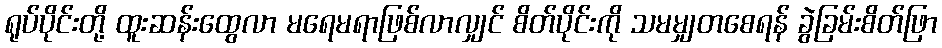
ရုပ်ပိုင်းတို့ ထူးဆန်းထွေလာ မရေမရာဖြစ်လာလျှင် စိတ်ပိုင်းကို သမမျှတစေရန် ခွဲခြမ်းစိတ်ဖြာ